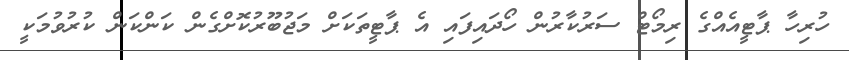
ހުރިހާ ޕާޓީއެއްގެ ރިމޯޓް ސަރުކާރުން ހޯދައިފައި އެ ޕާޓީތަކަށް މަޖުބޫރުކޮށްގެން ކަންކަން ކުރުުވުމަކީ